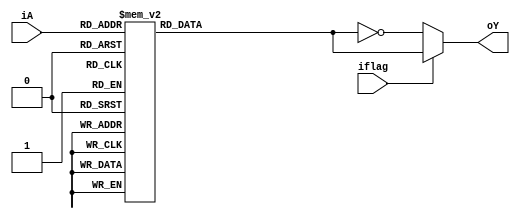
module seg_decoder(iflag,iA,oY);
input iflag;
input[3:0] iA;
output reg[7:0] oY;

always@(iflag,iA)
begin
	case(iA)
		4'b0000:oY=8'h3f;
		4'b0001:oY=8'h06;
		4'b0010:oY=8'h5b;
		4'b0011:oY=8'h4f;
		4'b0100:oY=8'h66;
		4'b0101:oY=8'h6d;
		4'b0110:oY=8'h7d;
		4'b0111:oY=8'h27;
		4'b1000:oY=8'h7f;
		4'b1001:oY=8'h6f;
		4'b1010:oY=8'h77;
		4'b1011:oY=8'h7c;
		4'b1100:oY=8'h58;
		4'b1101:oY=8'h5e;
		4'b1110:oY=8'h79;
		4'b1111:oY=8'h71;
	endcase
	if(!iflag)
		oY=~oY;
end
endmodule